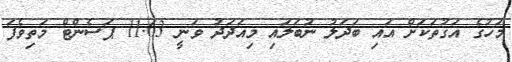
މަހުގެ އަގުތަކަށް އައި ބަދަލު ނުބަލައި މިއަދަދު ވަނީ 11.63 ޕަސެންޓް މަތިވެފަ